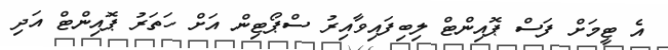
އެ ޓީމަށް ފަސް ޕޮއިންޓް ލިބިފައިވާއިރު ސްޕޯޓިން އަށް ހަތަރު ޕޮއިންޓް އަދި